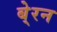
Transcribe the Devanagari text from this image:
बे्रन